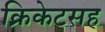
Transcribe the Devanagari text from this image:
क्रिकेटसह